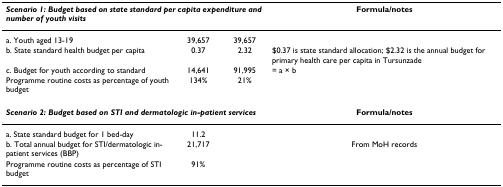
<table><thead><tr><td colspan="3"><b><i>Scenario 1: Budget based on state standard per capita expenditure and number of youth visits</i></b></td><td><b>Formula/notes</b></td></tr></thead><tbody><tr><td>a. Youth aged 13-19</td><td>39,657</td><td>39,657</td><td></td></tr><tr><td>b. State standard health budget per capita</td><td>0.37</td><td>2.32</td><td>$0.37 is state standard allocation; $2.32 is the annual budget for primary health care per capita in Tursunzade</td></tr><tr><td>c. Budget for youth according to standard</td><td>14,641</td><td>91,995</td><td>= a × b</td></tr><tr><td>Programme routine costs as percentage of youth budget</td><td>134%</td><td>21%</td><td></td></tr><tr><td colspan="3"><b><i>Scenario 2: Budget based on STI and dermatologic in-patient services</i></b></td><td><b>Formula/notes</b></td></tr><tr><td>a. State standard budget for 1 bed-day</td><td>11.2</td><td></td><td></td></tr><tr><td>b. Total annual budget for STI/dermatologic in-patient services (BBP)</td><td>21,717</td><td></td><td>From MoH records</td></tr><tr><td>Programme routine costs as percentage of STI budget</td><td>91%</td><td></td><td></td></tr></tbody></table>